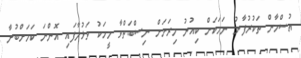
އުސްމާން ތަކުރުފާނު ނަމަކަށް ކިއުނު މިރަށަށް ނިސްބަތްވާ މީހަކު ވަޅުލާފައި އޮންނަ ކަމަށްބުނާ